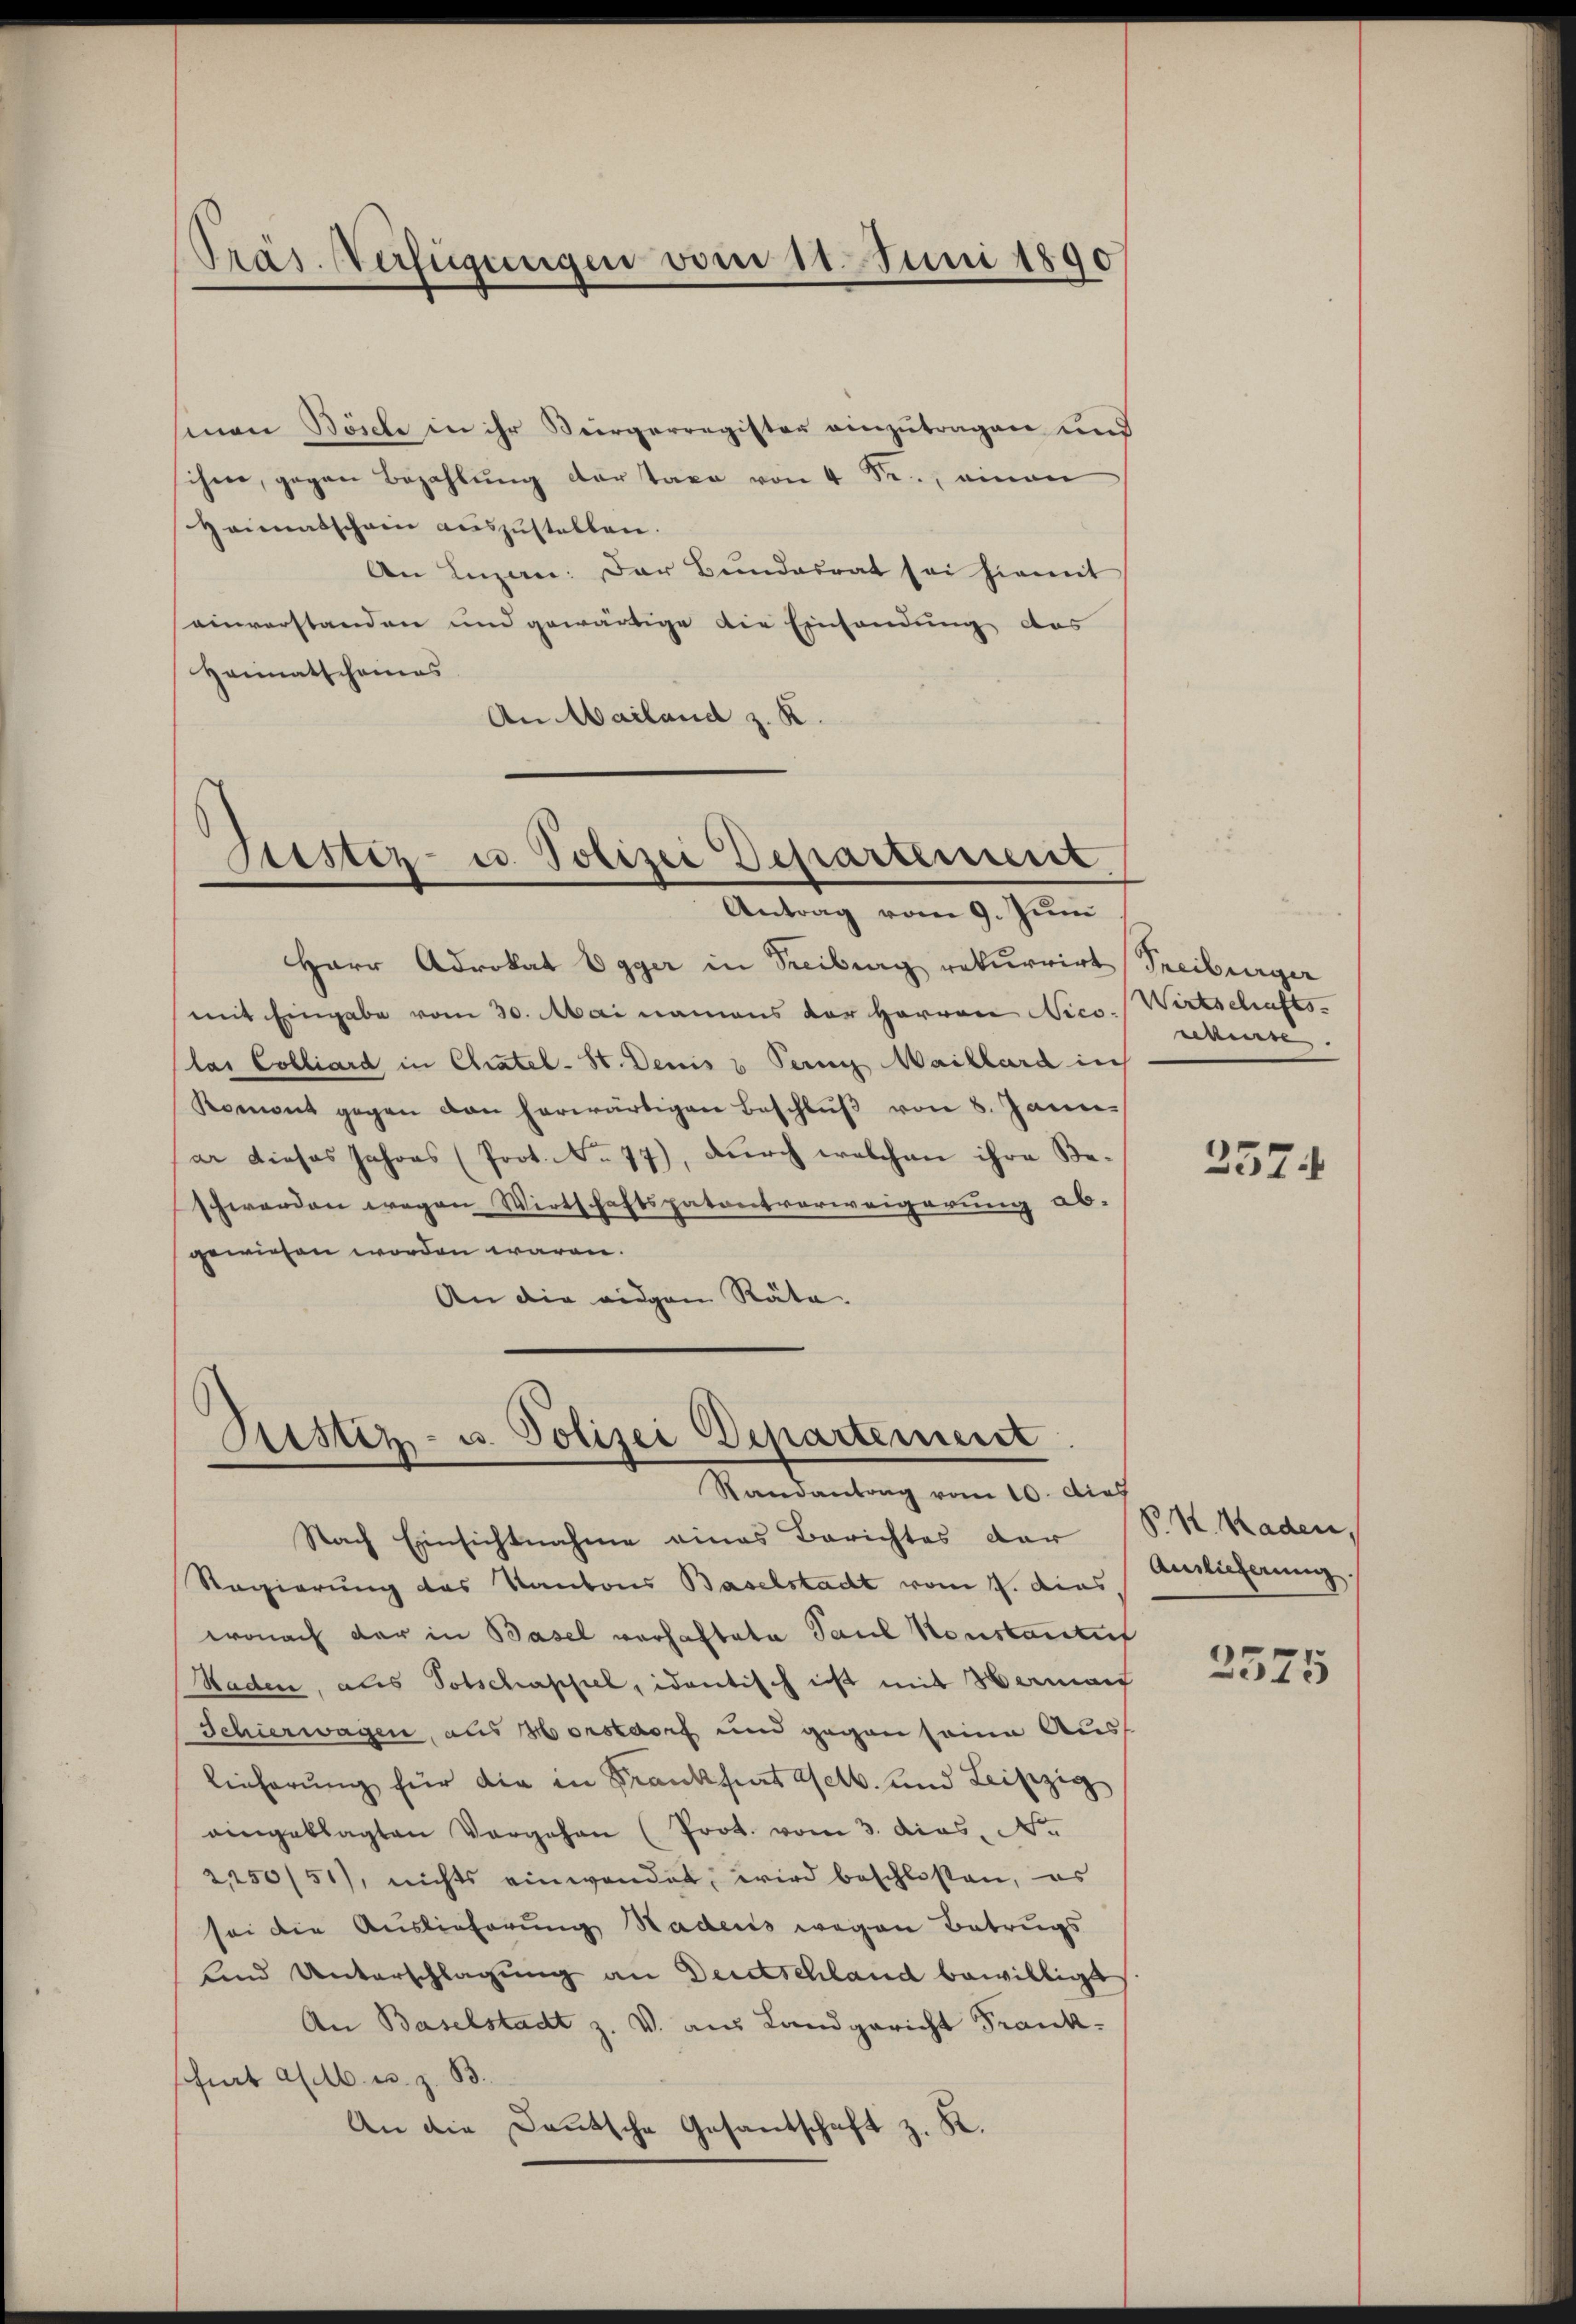
Präs. Verfügungen vom 11. Juni 1890

sman Bösche in ihr Bürgerregister einzutragen und
schen, gegen Bezahlŭng der taxe von 4 Fr., einen
Heimatschein auszustellen.
An Luzan: Der Bundesrat sei hiemit
einverstanden und gewärtige die Einsendung des
Heimatscheines
An Mailand z. K.

Stistiz- u. Polizei Departement
Antrag vom 9. Juni

Herr Advokat Egger in Freiburg rekurrirt Sreiburger
mit Eingabe vom 30. Mai namens der hervon Nico-
las Colliard in Chratel-St. Denis u Ferne Maillard in
Koment gegen von herwärtigen Beschlŭβ von 8. Janie-
ar dieses Jahres (Prot. No. 77), durch welchen ihre Be-
schwerden wegen Wirtschaftspatentverweigerung ab-
gewiesen worden wären.
An die eigen Räte

Sistiz- u. Polizei Departement
Randantrag vom 10. die

Nach Einsichtnahme eines Berichtes dar
Regierung des Kantons Baselstadt vom 4. dies,
wonach der in Basel verhaftete Paul Konstantit
Staden, als Totschappel, identisch ist mit Werman
Schierwagen, aus Horstorf und gegen seine Aus¬
Lieferung für die in Frankfurt selb. und Leipzig
eingeklagten Vergehen (Prot. vom 3. dies. No.
2,250/51), nichts einwendet, wird beschloßen, es
sei die Auslieferung Hadens wegen Betrugs
und Unterschlagung an Deidschland bewilligt
An Baselstadt z. V. aus Landgericht Frankfurt allb. u. z. B.
An die Deutsche Gesandschaft z. R.

Wirtschafts-
reuse.

2574

P. K. Raden,
Auslieferung.

3575